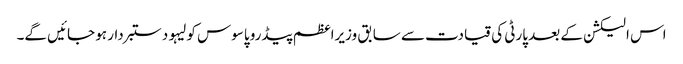
اس الیکشن کے بعد پارٹی کی قیادت سے سابق وزیراعظم پیڈرو پاسوس کولیہو دستبردار ہو جائیں گے۔